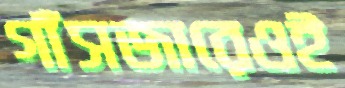
গাঁসজারেওই